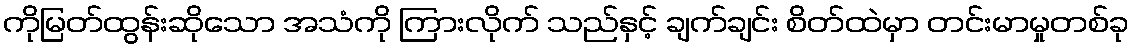
ကိုမြတ်ထွန်းဆိုသော အသံကို ကြားလိုက် သည်နှင့် ချက်ချင်း စိတ်ထဲမှာ တင်းမာမှုတစ်ခု